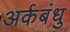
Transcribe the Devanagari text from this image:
अर्कबंधु